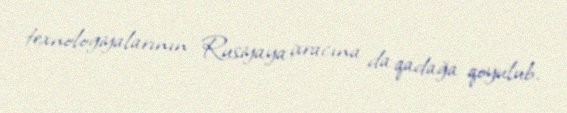
texnologiyalarının Rusiyaya ixracına da qadağa qoyulub.